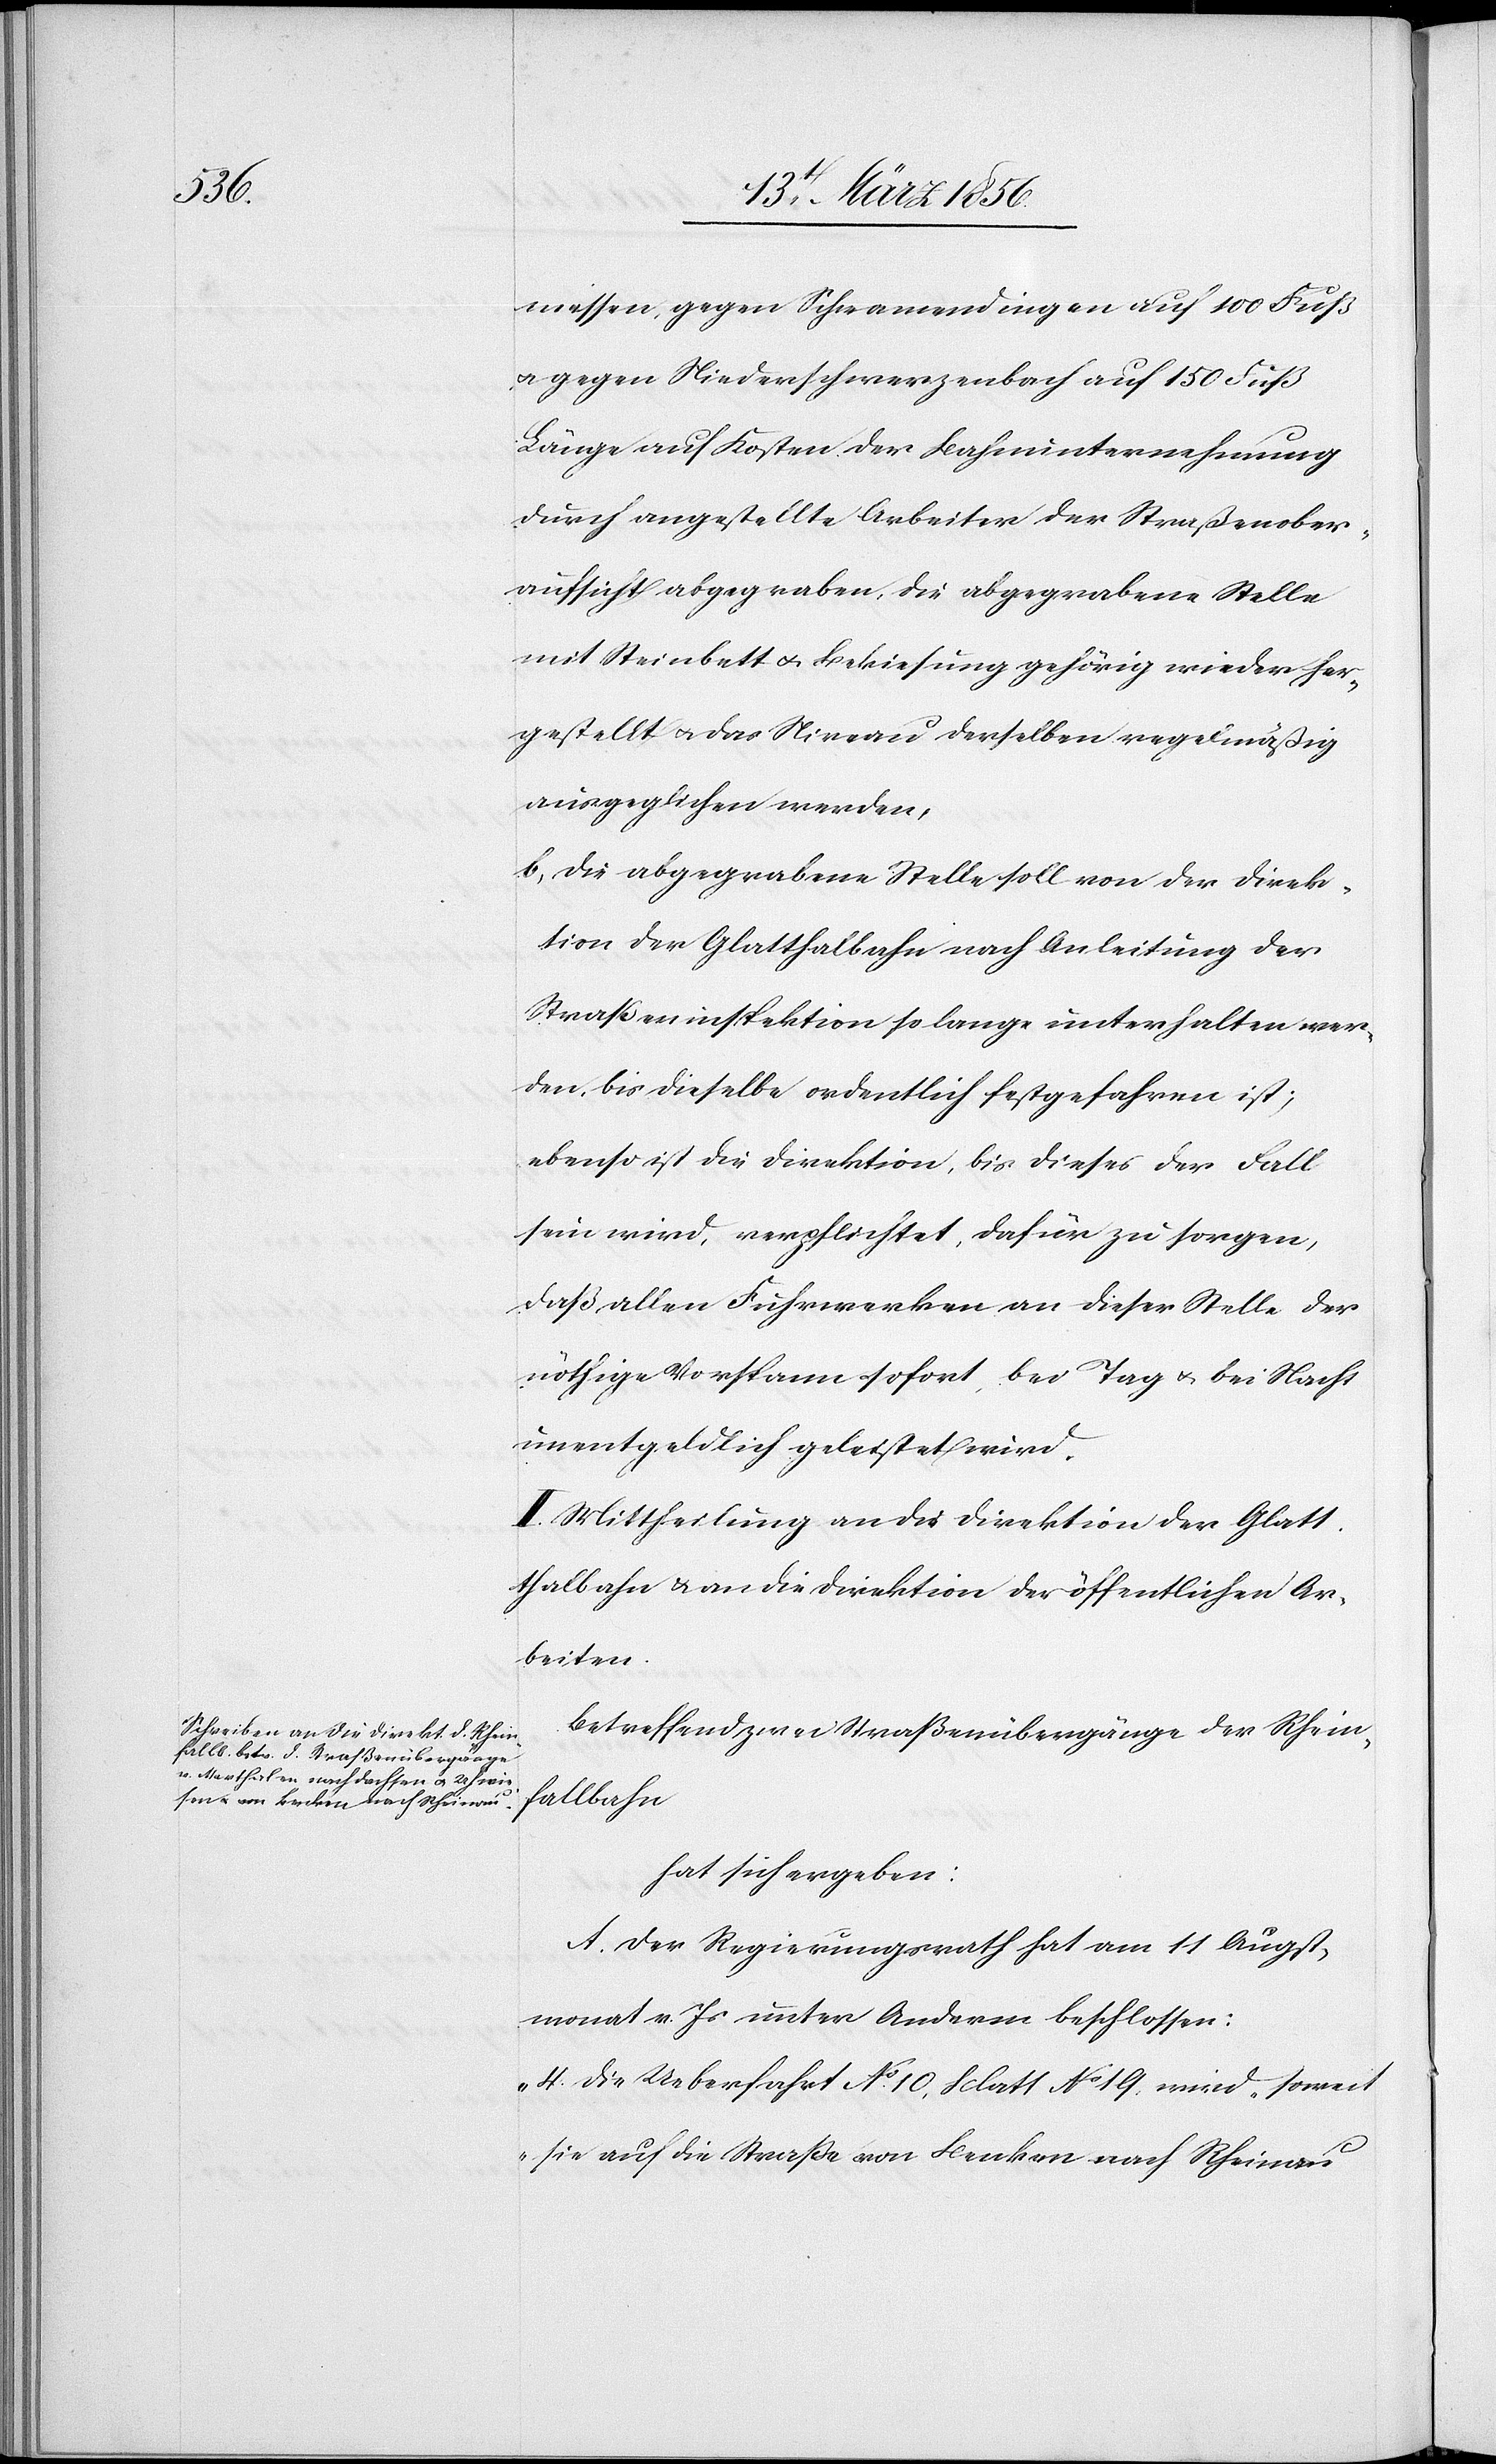
messen, gegen Schwamendingen auf 100 Fuß
u. gegen Niederschwerzenbach auf 150 Fuß
Länge auf Kosten der Bahnunternehmung
durch angestellte Arbeiter der Straßenober¬
aufsicht abgegraben, die abgegrabene Stelle
mit Steinbett u. Bekiesung gehörig wieder her¬
gestellt u. das Niveau derselben regelmäßig
ausgeglichen werden,
b[.], Die abgegrabene Stelle soll von der Direk¬
tion der Glatthalbahn nach Anleitung der
Straßeninspektion so lange unterhalten wer¬
den, bis dieselbe ordentlich festgefahren ist;
ebenso ist die Direktion, bis dieses der Fall
sein wird, verpflichtet, dafür zu sorgen,
daß allen Fuhrwerken an dieser Stelle der
nöthige Vorspann sofort, bei Tag u. bei Nacht
unentgeldlich geleistet wird.
II. Mittheilung an die Direktion der Glatt¬
halbahn & an die Direktion der öffentlichen Ar¬
beiten.
Betreffend zwei Straßenübergänge der Rhein¬
fallbahn
hat sich ergeben:
A. Der Regierungsrath hat am 11 Augst¬
monat v. Js unter Anderm beschlossen:
„4. Die Ueberfahrt No. 10, Blatt No 19. wird-soweit
sie auf die Straße von Benken nach Rheinau